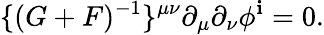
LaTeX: \{ (G+F)^{-1}\} ^{\mu\nu}\partial_{\mu}\partial_{\nu}\phi^{\mathbf{i}}=0.